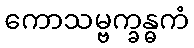
ကောသမ္ဗက္ခန္ဓကံ